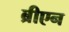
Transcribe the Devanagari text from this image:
ब्रीएन